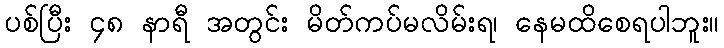
ပစ်ပြီး ၄၈ နာရီ အတွင်း မိတ်ကပ်မလိမ်းရ၊ နေမထိစေရပါဘူး။